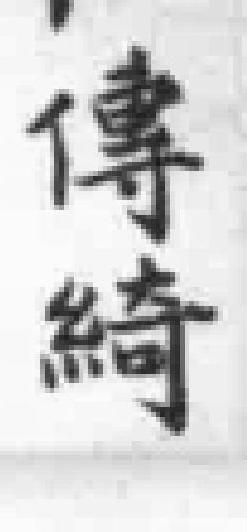
傳綺